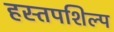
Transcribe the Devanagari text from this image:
हस्तपशिल्प